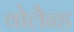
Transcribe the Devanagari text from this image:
वोलैन्ड